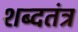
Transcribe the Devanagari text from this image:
शब्दतंत्र